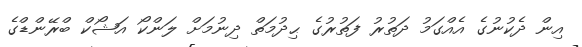
އިން ދެކުނުގެ އެއްގަމު ދަތުރު ފަތުރުގެ ޙިދުމަތް ދިނުމަށް ލަންކޯ އަޝޯކް ބްރޭންޑްގެ